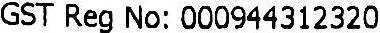
GST REG NO: 000944312320